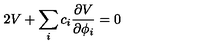
2 V + \sum _ { i } c _ { i } { \frac { \partial V } { \partial \phi _ { i } } } = 0